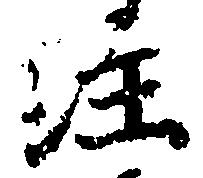
注